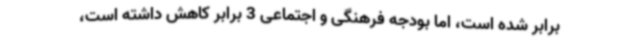
برابر شده است، اما بودجه فرهنگی و اجتماعی 3 برابر کاهش داشته است،